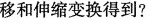
移和伸缩变换得到?